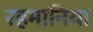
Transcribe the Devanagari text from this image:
रहमानिया